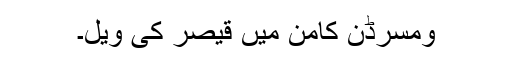
ومسرڈن کامن میں قیصر کی ویل۔